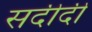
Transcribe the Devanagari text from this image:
सदीदी